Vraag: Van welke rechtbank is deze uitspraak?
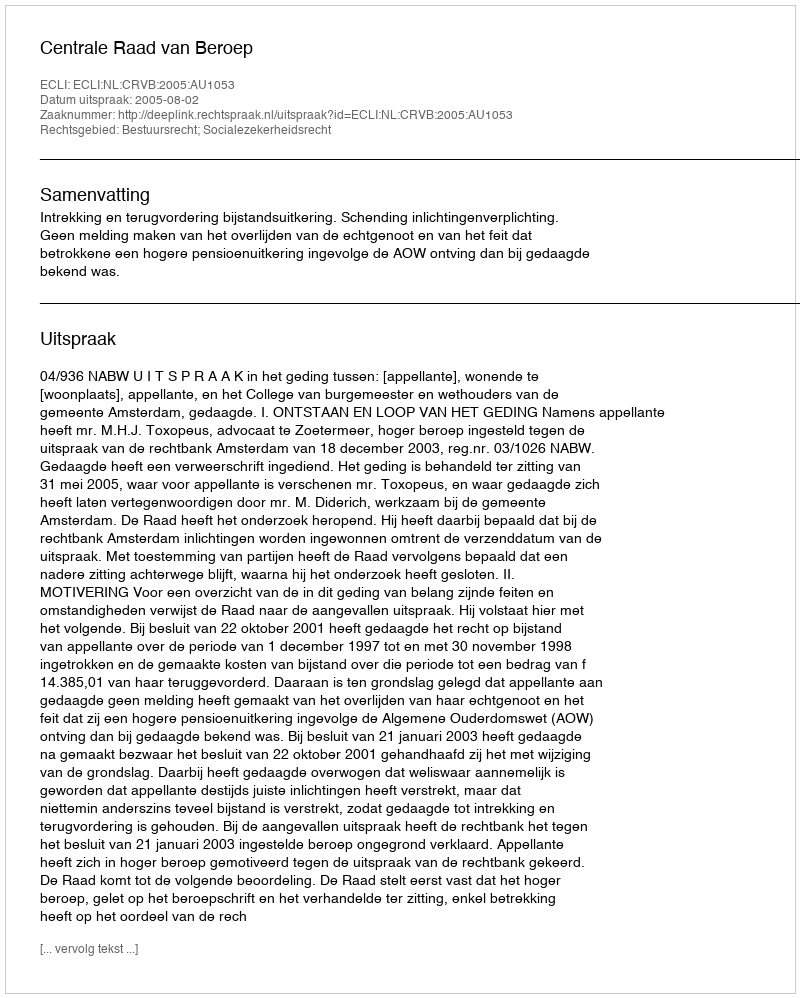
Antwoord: Centrale Raad van Beroep